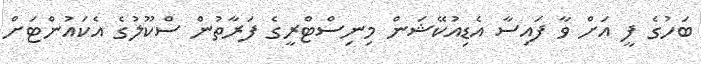
ބަހުގެ ފީ އަށް ވާ ފައިސާ އެޑިއުކޭޝަން މިނިސްޓްރީގެ ފަރާތުން ސްކޫލުގެ އެކައުންޓަށް